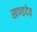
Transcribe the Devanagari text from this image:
खण्डदेव